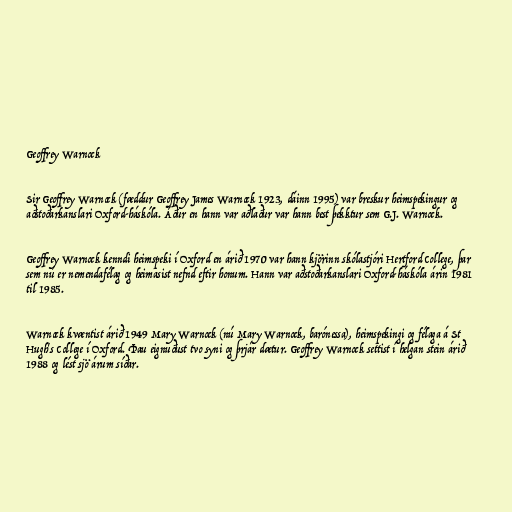
Geoffrey Warnock

Sir Geoffrey Warnock (fæddur Geoffrey James Warnock 1923, dáinn 1995) var breskur heimspekingur og
aðstoðarkanslari Oxford-háskóla. Áður en hann var aðlaður var hann best þekktur sem G.J. Warnock.

Geoffrey Warnock kenndi heimspeki í Oxford en árið 1970 var hann kjörinn skólastjóri Hertford College, þar
sem nú er nemendafélag og heimasist nefnd eftir honum. Hann var aðstoðarkanslari Oxford-háskóla árin 1981
til 1985.

Warnock kvæntist árið 1949 Mary Warnock (nú Mary Warnock, barónessa), heimspekingi og félaga á St
Hugh's College í Oxford. Þau eignuðust tvo syni og þrjár dætur. Geoffrey Warnock settist í helgan stein árið
1988 og lést sjö árum síðar.